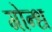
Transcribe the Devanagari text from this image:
गोन्ध